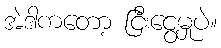
အဲဒါကတော့ ငြီးငွေ့မှုပဲ။